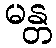
မန္တ